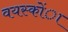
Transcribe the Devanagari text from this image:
वयस्कोंा